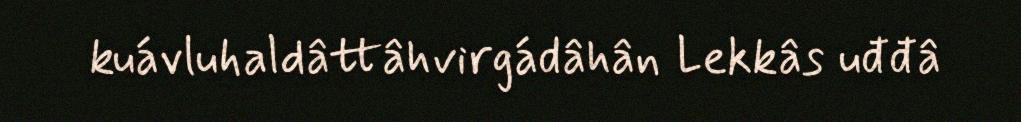
kuávluhaldâttâhvirgádâhân Lekkâs uđđâ